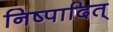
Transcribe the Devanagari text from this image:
निष्पादित्